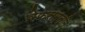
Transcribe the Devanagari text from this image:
वेफसमुत्ति